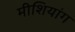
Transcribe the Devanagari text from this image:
मीशियांग